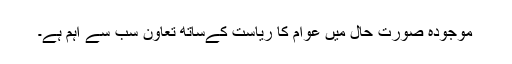
موجودہ صورت حال میں عوام کا ریاست کےساتھ تعاون سب سے اہم ہے۔